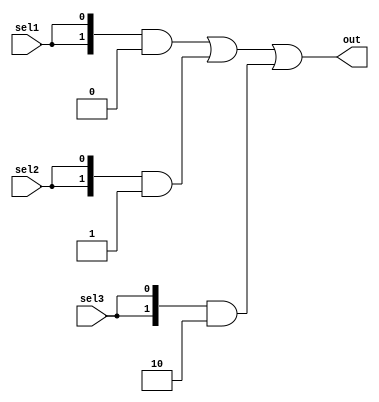
// --------------------------------------
// FileName: assign2
// Auther: Ch'in
// Function:
// Version: 1.0
// Date: 
// Coryright:https://github.com/Ch1-n
// --------------------------------------
module assigntest2 (sel1, sel2, sel3, out);
  input sel1, sel2, sel3;
  output wire [1:0] out;
  assign out = ({2{sel1}} & 2'b00) 
                 | ({2{sel2}} & 2'b01)
                 | ({2{sel3}} & 2'b10);        
endmodule

module assigntest2_tb;
  reg sel1, sel2, sel3;
  wire [1:0] out;
  initial begin
    sel1 = 1'b0;
    sel2 = 1'b0;
    sel3 = 1'b0;
    #10     sel1 = 1'b0;
            sel2 = 1'b0;
            sel3 = 1'b0;
    #10     sel1 = 1'b1;
            sel2 = 1'b0;
            sel3 = 1'b0;
    #10     sel1 = 1'b0;
            sel2 = 1'b1;
            sel3 = 1'b0;
    #10     sel1 = 1'b0;
            sel2 = 1'b0;
            sel3 = 1'b1;
    #10     sel1 = 1'b1;
            sel2 = 1'b1;
            sel3 = 1'b0;
    #10     sel1 = 1'b1;
            sel2 = 1'b1;
            sel3 = 1'b1;//out = 01 | 10 = 11
  end

  assigntest2 assigntest2(.sel1(sel1), .sel2(sel2), .sel3(sel3), .out(out));
	initial begin 
		$fsdbDumpfile("ifelse.fsdb");
		$fsdbDumpvars;
	end
  
endmodule